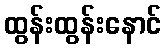
ထွန်းထွန်းနောင်